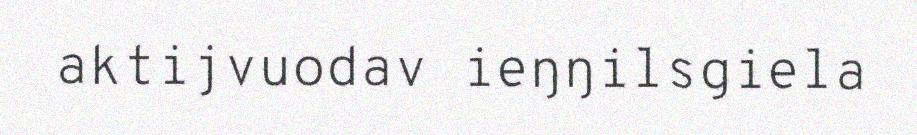
aktijvuodav ieŋŋilsgiela